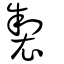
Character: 製